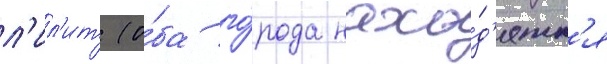
л'ил'ит (о́ба го́рода нахо́д'ятс'я